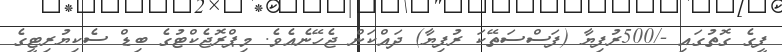
ފީގެ ގޮތުގައި -/500ރުފިޔާ (ފަސްސަތޭކަ ރުފިޔާ) ދައްކަން ޖެހޭނެއެވެ. މިޕްރޮޖެކްޓުގެ ބިޑް ސެކިޔުރިޓީގެ